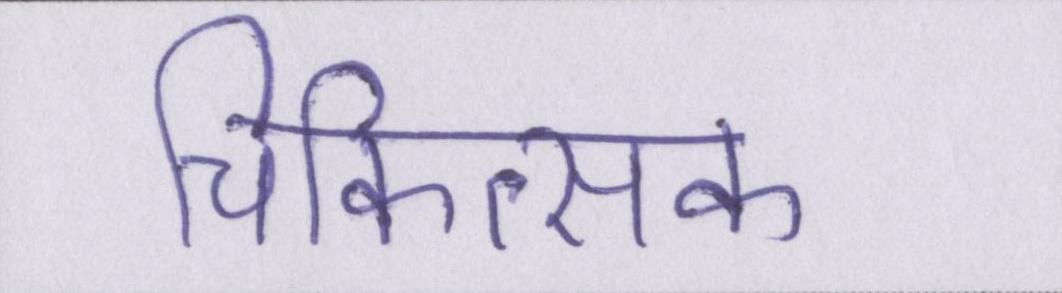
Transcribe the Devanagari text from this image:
चिकित्सक